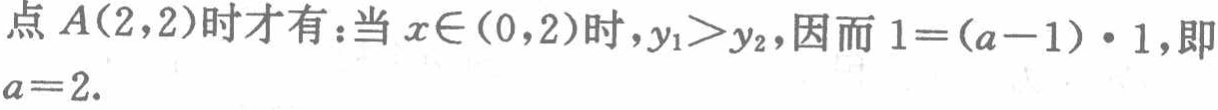
点\(A(2,2)\)时才有：当\(x\in(0,2)\)时，\(y_{1}>y_{2}\)，因而\(1=(a - 1)\cdot1\)，即\(a = 2\).